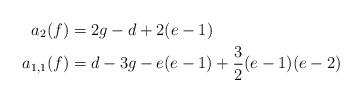
LaTeX: \begin{align*} a_2(f)&=2g-d+2(e-1)\\ a_{1,1}(f)&=d-3g-e(e-1)+\frac{3}{2}(e-1)(e-2)\end{align*}